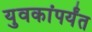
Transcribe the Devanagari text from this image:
युवकांपर्यंत